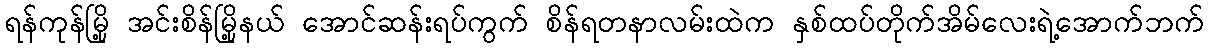
ရန်ကုန်မြို့ အင်းစိန်မြို့နယ် အောင်ဆန်းရပ်ကွက် စိန်ရတနာလမ်းထဲက နှစ်ထပ်တိုက်အိမ်လေးရဲ့အောက်ဘက်